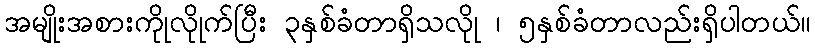
အမျိုးအစားကိုုလိုုက်ပြီး ၃နှစ်ခံတာရှိသလိုု ၊ ၅နှစ်ခံတာလည်းရှိပါတယ်။